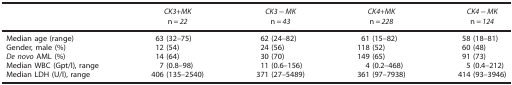
<table><thead><tr><td><b> </b></td><td><b><i>CK3+MK</i></b></td><td><b><i>CK3−MK</i></b></td><td><b><i>CK4+MK</i></b></td><td><b><i>CK4−MK</i></b></td></tr><tr><td><b> </b></td><td><b>n=<i>22</i></b></td><td><b>n=<i>43</i></b></td><td><b>n=<i>228</i></b></td><td><b>n=<i>124</i></b></td></tr></thead><tbody><tr><td>Median age (range)</td><td>63 (32–75)</td><td>62 (24–82)</td><td>61 (15–82)</td><td>58 (18–81)</td></tr><tr><td>Gender, male (%)</td><td>12 (54)</td><td>24 (56)</td><td>118 (52)</td><td>60 (48)</td></tr><tr><td><i>De novo</i> AML (%)</td><td>14 (64)</td><td>30 (70)</td><td>149 (65)</td><td>91 (73)</td></tr><tr><td>Median WBC (Gpt/l), range</td><td>7 (0.8–98)</td><td>11 (0.6–156)</td><td>4 (0.2–468)</td><td>5 (0.4–212)</td></tr><tr><td>Median LDH (U/l), range</td><td>406 (135–2540)</td><td>371 (27–5489)</td><td>361 (97–7938)</td><td>414 (93–3946)</td></tr></tbody></table>